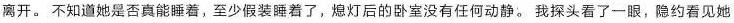
离开。不知道她是否真能睡着，至少假装睡着了，熄灯后的卧室没有任何动静。我探头看了一眼，隐约看见她